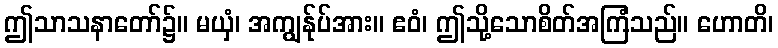
ဤသာသနာတော်၌။ မယှံ၊ အကျွန်ုပ်အား။ ဧဝံ၊ ဤသို့သောစိတ်အကြံသည်။ ဟောတိ၊